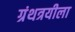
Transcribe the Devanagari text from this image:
ग्रंथत्रयीला